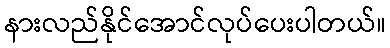
နားလည်နိုင်အောင်လုပ်ပေးပါတယ်။